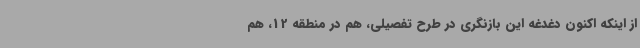
از اینکه اکنون دغدغه این بازنگری در طرح تفصیلی، هم در منطقه 12، هم